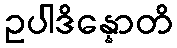
ဥပါဒိန္နောတိ